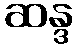
ဆန္ဒ